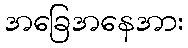
အခြေအနေအား